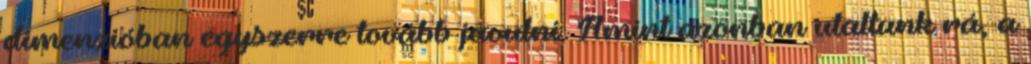
dimenzióban egyszerre tovább javulni. Amint azonban utaltunk rá, a